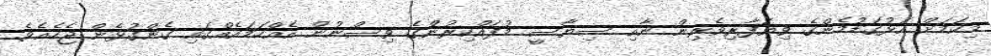
މިކަމަށް އަޅުގަޑުމެންގެ ވިޔަފާރިވެރިން ނާއި ސިޔާސީ މުފައްކިރުންގެ ވިސްނުން އެއްހަމައެއްގައި ގެންގުޅެން ޖެހެއެވެ.